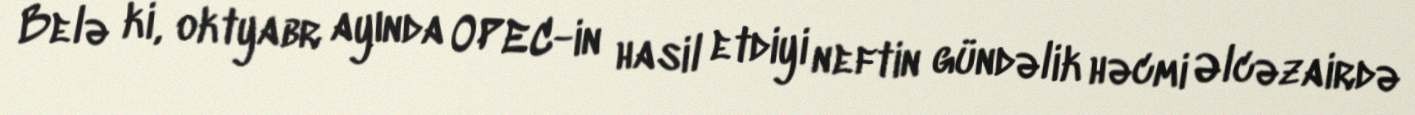
Belə ki, oktyabr ayında OPEC-in hasil etdiyi neftin gündəlik həcmi Əlcəzairdə